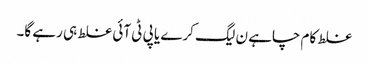
غلط کام چاہے ن لیگ کرے یا پی ٹی آئی غلط ہی رہے گا۔